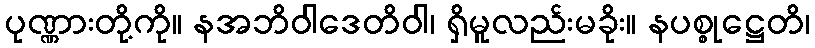
ပုဏ္ဏားတို့ကို။ နအဘိဝါဒေတိဝါ၊ ရှိမူလည်းမခိုး။ နပစ္စုဋ္ဌေတိ၊